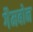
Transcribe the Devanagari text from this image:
गैमबोन